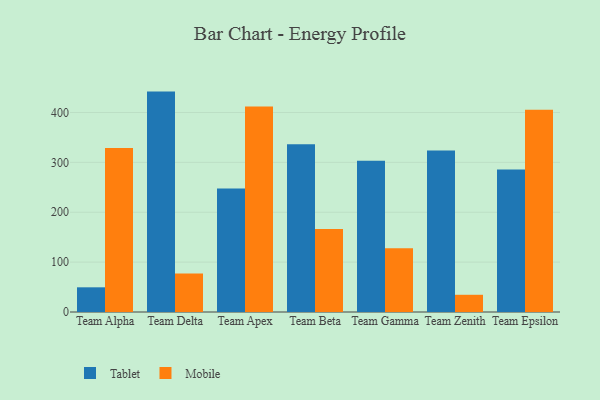
{"axis": {"x": "Team", "y": "Satisfaction Score"}, "legend": ["Mobile", "Tablet"], "data": [{"x": "Team Alpha", "y": 49.5, "type": "Tablet"}, {"x": "Team Alpha", "y": 328.9, "type": "Mobile"}, {"x": "Team Delta", "y": 441.9, "type": "Tablet"}, {"x": "Team Delta", "y": 77.3, "type": "Mobile"}, {"x": "Team Apex", "y": 247.4, "type": "Tablet"}, {"x": "Team Apex", "y": 411.9, "type": "Mobile"}, {"x": "Team Beta", "y": 336.1, "type": "Tablet"}, {"x": "Team Beta", "y": 166.5, "type": "Mobile"}, {"x": "Team Gamma", "y": 303.3, "type": "Tablet"}, {"x": "Team Gamma", "y": 128.0, "type": "Mobile"}, {"x": "Team Zenith", "y": 323.9, "type": "Tablet"}, {"x": "Team Zenith", "y": 34.5, "type": "Mobile"}, {"x": "Team Epsilon", "y": 285.7, "type": "Tablet"}, {"x": "Team Epsilon", "y": 405.6, "type": "Mobile"}]}